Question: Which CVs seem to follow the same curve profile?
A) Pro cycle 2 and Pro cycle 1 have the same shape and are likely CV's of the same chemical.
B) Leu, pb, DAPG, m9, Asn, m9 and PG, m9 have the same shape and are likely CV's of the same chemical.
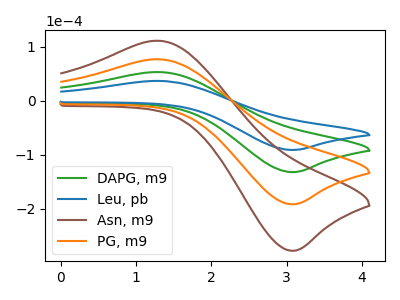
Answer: <think>The green curve "DAPG, m9" has an anodic peak at (1.30V, 52.85uA) and a cathodic peak at (3.05V, -132.50uA). The blue curve "Leu, pb" has an anodic peak at (1.30V, 36.50uA) and a cathodic peak at (3.05V, -91.45uA). The brown curve "Asn, m9" has an anodic peak at (1.30V, 158.55uA) and a cathodic peak at (3.05V, -397.45uA). The orange curve "PG, m9" has an anodic peak at (1.30V, 105.70uA) and a cathodic peak at (3.05V, -264.95uA).
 All the peaks in "DAPG, m9" have a peak in "Leu, pb" at the same potential. Every peak in "DAPG, m9" is higher than every peak in "Leu, pb". All the peaks in "DAPG, m9" have a peak in "Asn, m9" at the same potential. Every peak in "DAPG, m9" is lower than every peak in "Asn, m9". All the peaks in "DAPG, m9" have a peak in "PG, m9" at the same potential. Every peak in "DAPG, m9" is lower than every peak in "PG, m9". All the peaks in "Leu, pb" have a peak in "Asn, m9" at the same potential. Every peak in "Leu, pb" is lower than every peak in "Asn, m9". All the peaks in "Leu, pb" have a peak in "PG, m9" at the same potential. Every peak in "Leu, pb" is lower than every peak in "PG, m9". All the peaks in "Asn, m9" have a peak in "PG, m9" at the same potential. Every peak in "Asn, m9" is higher than every peak in "PG, m9".</think>
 <answer>B) "Leu, pb", "DAPG, m9", "Asn, m9" and "PG, m9" have the same shape and are likely CV's of the same chemical.</answer>
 <eval>B</eval>